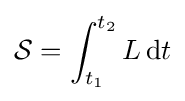
{\mathcal {S}}=\int _{t_{1}}^{t_{2}}L\,\mathrm {d} t\,\!